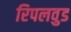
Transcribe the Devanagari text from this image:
रिपलवुड